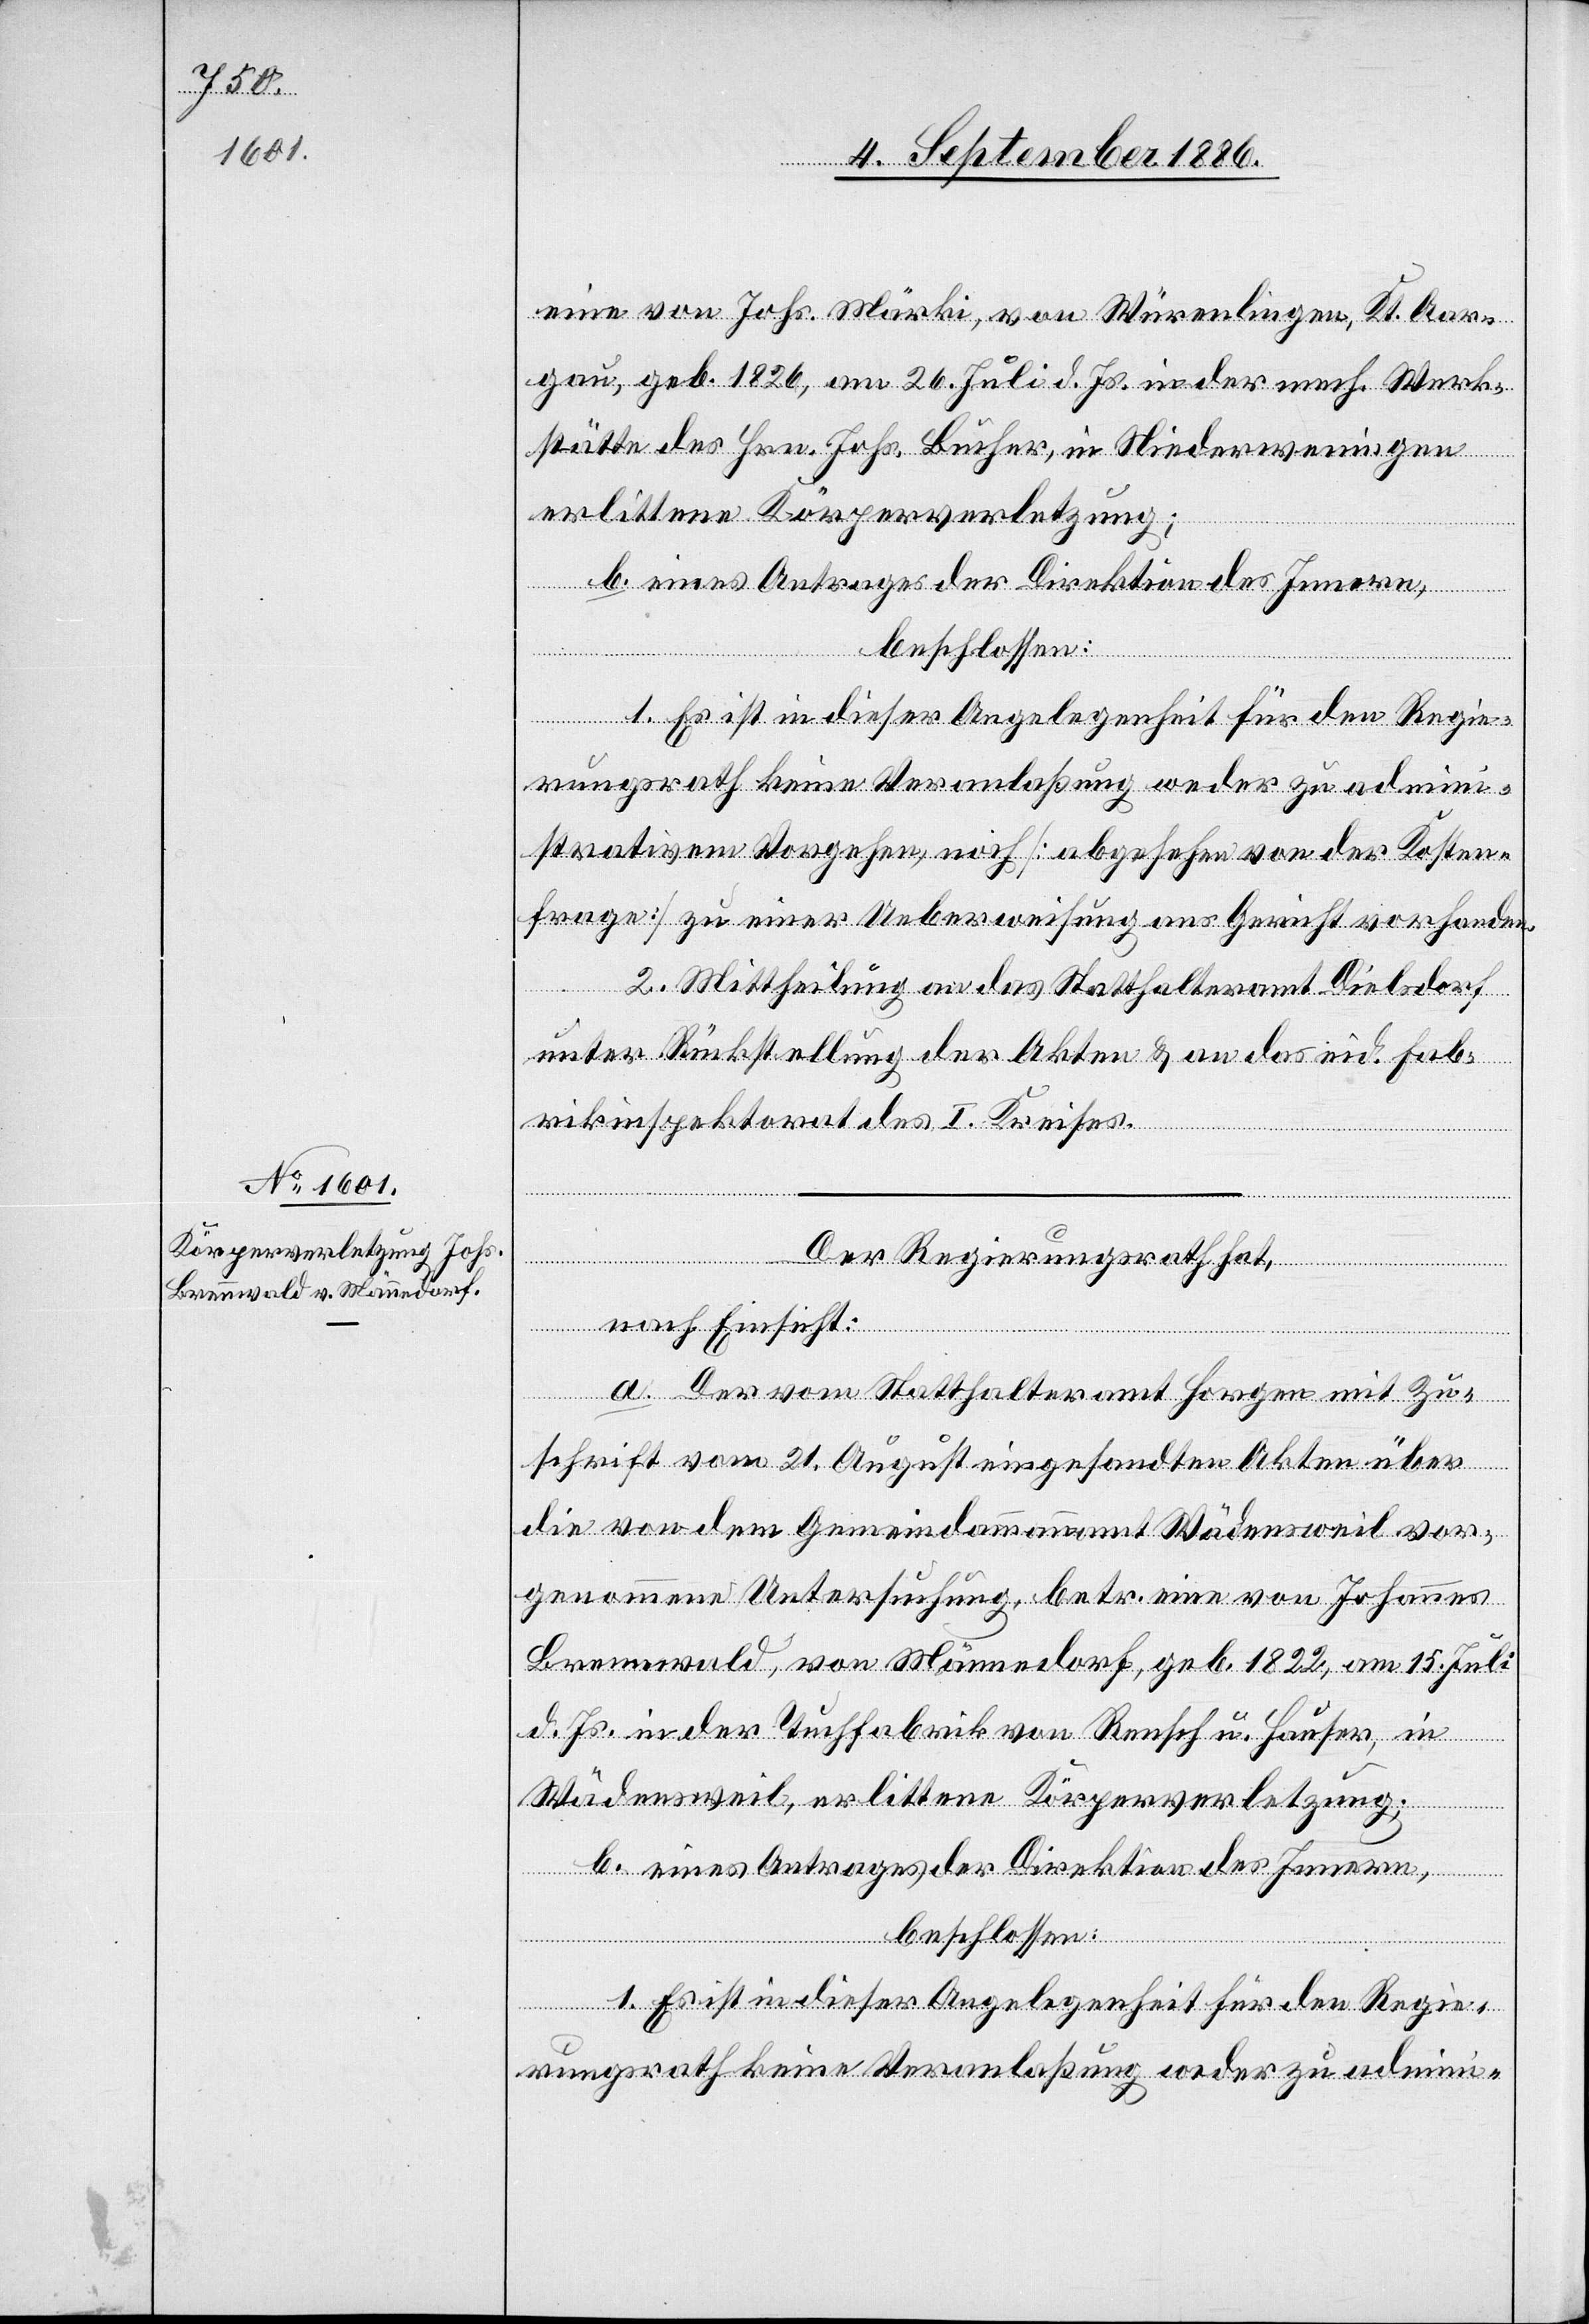
eine von Johs. Märki, von Würenlingen [sic!],
gau, geb. 1826, am 26. Juli d. Js., in der mech. Werk¬
stätte des Hrn. Johs. Bucher, in Niederweningen
erlittene Körperverletzung;
Aar¬
b. eines Antrages der Direktion des Innern,
beschlossen:
1. Es ist in dieser Angelegenheit für den Regie¬
rungsrath keine Veranlaßung weder zu admini¬
strativem Vorgehen, noch [abgesehen von der Kosten¬
frage] zu einer Ueberweisung ans Gericht vorhanden.
2. Mittheilung an das Statthalteramt Dielsdorf
unter Rückstellung der Akten & an das eid. Fab¬
rikinspektorat des I. Kreises.
Der Regierungsrath hat,
nach Einsicht:
a. Der vom Statthalteramt Horgen mit Zu¬
schrift vom 21. August eingesandten Akten über
die von dem Gemeindammannamt Wädensweil vor¬
genommene Untersuchung, betr. eine von Johannes
Brennwald, von Männedorf, geb. 1822, am 15. Juli
d. Js., in der Tuchfabrik von Rensch u. Hauser, in
Wädensweil, erlittene Körperverletzung;
b. eines Antrages der Direktion des Innern,
beschlossen:
1. Es ist in dieser Angelegenheit für den Regie¬
rungsrath keine Veranlaßung weder zu admini-